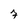
Character: 7